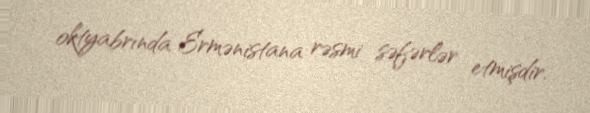
oktyabrında Ermənistana rəsmi səfərlər etmişdir.